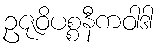
ဥဇုဝိပစ္စနီကဝါဒါ